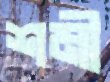
শমী